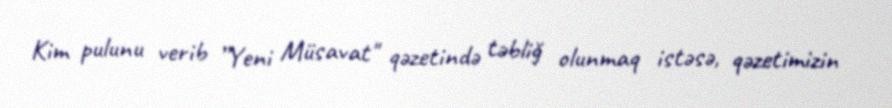
Kim pulunu verib ”Yeni Müsavat" qəzetində təbliğ olunmaq istəsə, qəzetimizin